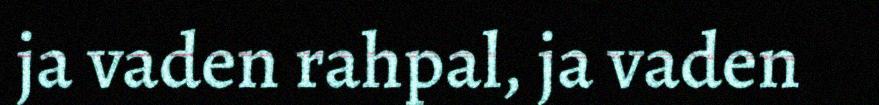
ja vaden rahpal, ja vaden